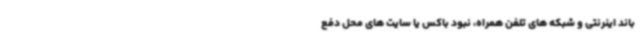
باند اینرنتی و شبکه های تلفن همراه، نبود باکس یا سایت های محل دفع